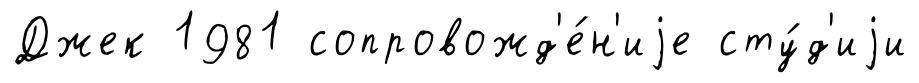
Джек 1981 сопровожд'е́н'иjе сту́д'иjи